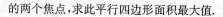
的两个焦点，求此平行四边形面积最大值。